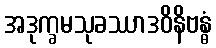
အဒုက္ခမသုခဿာဒဝိနိဗန္ဓံ